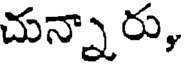
చున్నారు,